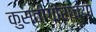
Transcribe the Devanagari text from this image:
कुस्तीगीरांच्या